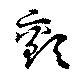
顫